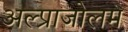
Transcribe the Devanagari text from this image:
अल्प्राजोलम